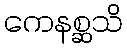
ကေနစ္ဆသိ